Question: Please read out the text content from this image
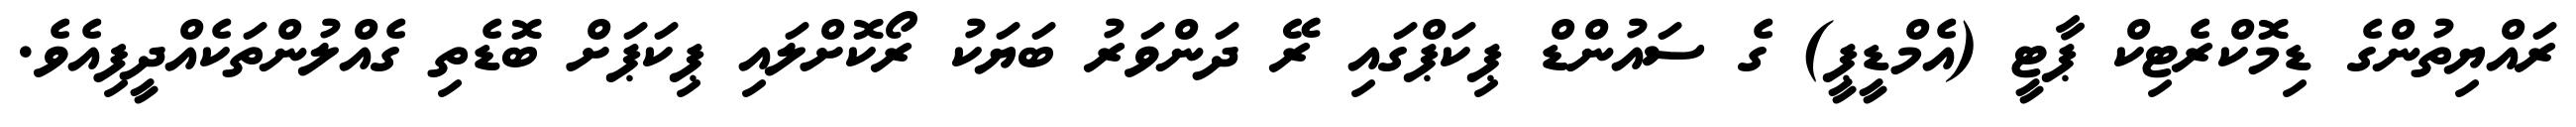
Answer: ރައްޔިތުންގެ ޑިމޮކްރެޓިކް ޕާޓީ (އެމްޑީޕީ) ގެ ސައުންޑް ޕިކަޕްގައި ރޭ ދަންވަރު ބަޔަކު ރޯކޮށްލައި ޕިކަޕަށް ބޮޑެތި ގެއްލުންތަކެއްދީފިއެވެ.